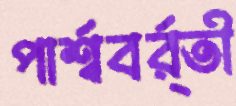
পার্শ্ববর্র্তী